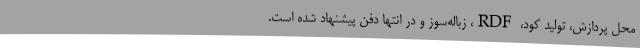
محل پردازش، تولید کود، RDF، زباله‌سوز و در انتها دفن پیشنهاد شده است.